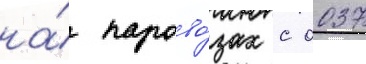
на́ парово́зах с 0037